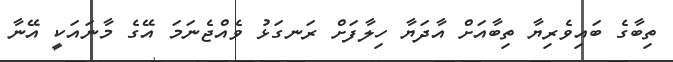
ތިބާގެ ބައިވެރިޔާ ތިބާއަށް އާދަޔާ ހިލާފަށް ރަނގަޅު ވެއްޖެނަމަ އޭގެ މާނައަކީ އޭނާ